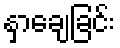
နှာချေခြင်း